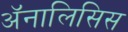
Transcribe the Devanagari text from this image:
अॅनालिसिस